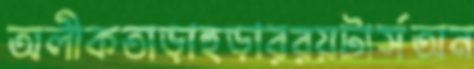
অলীকতাড়াহুড়াররয়টার্সঅন